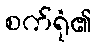
စက်ရုံ၏